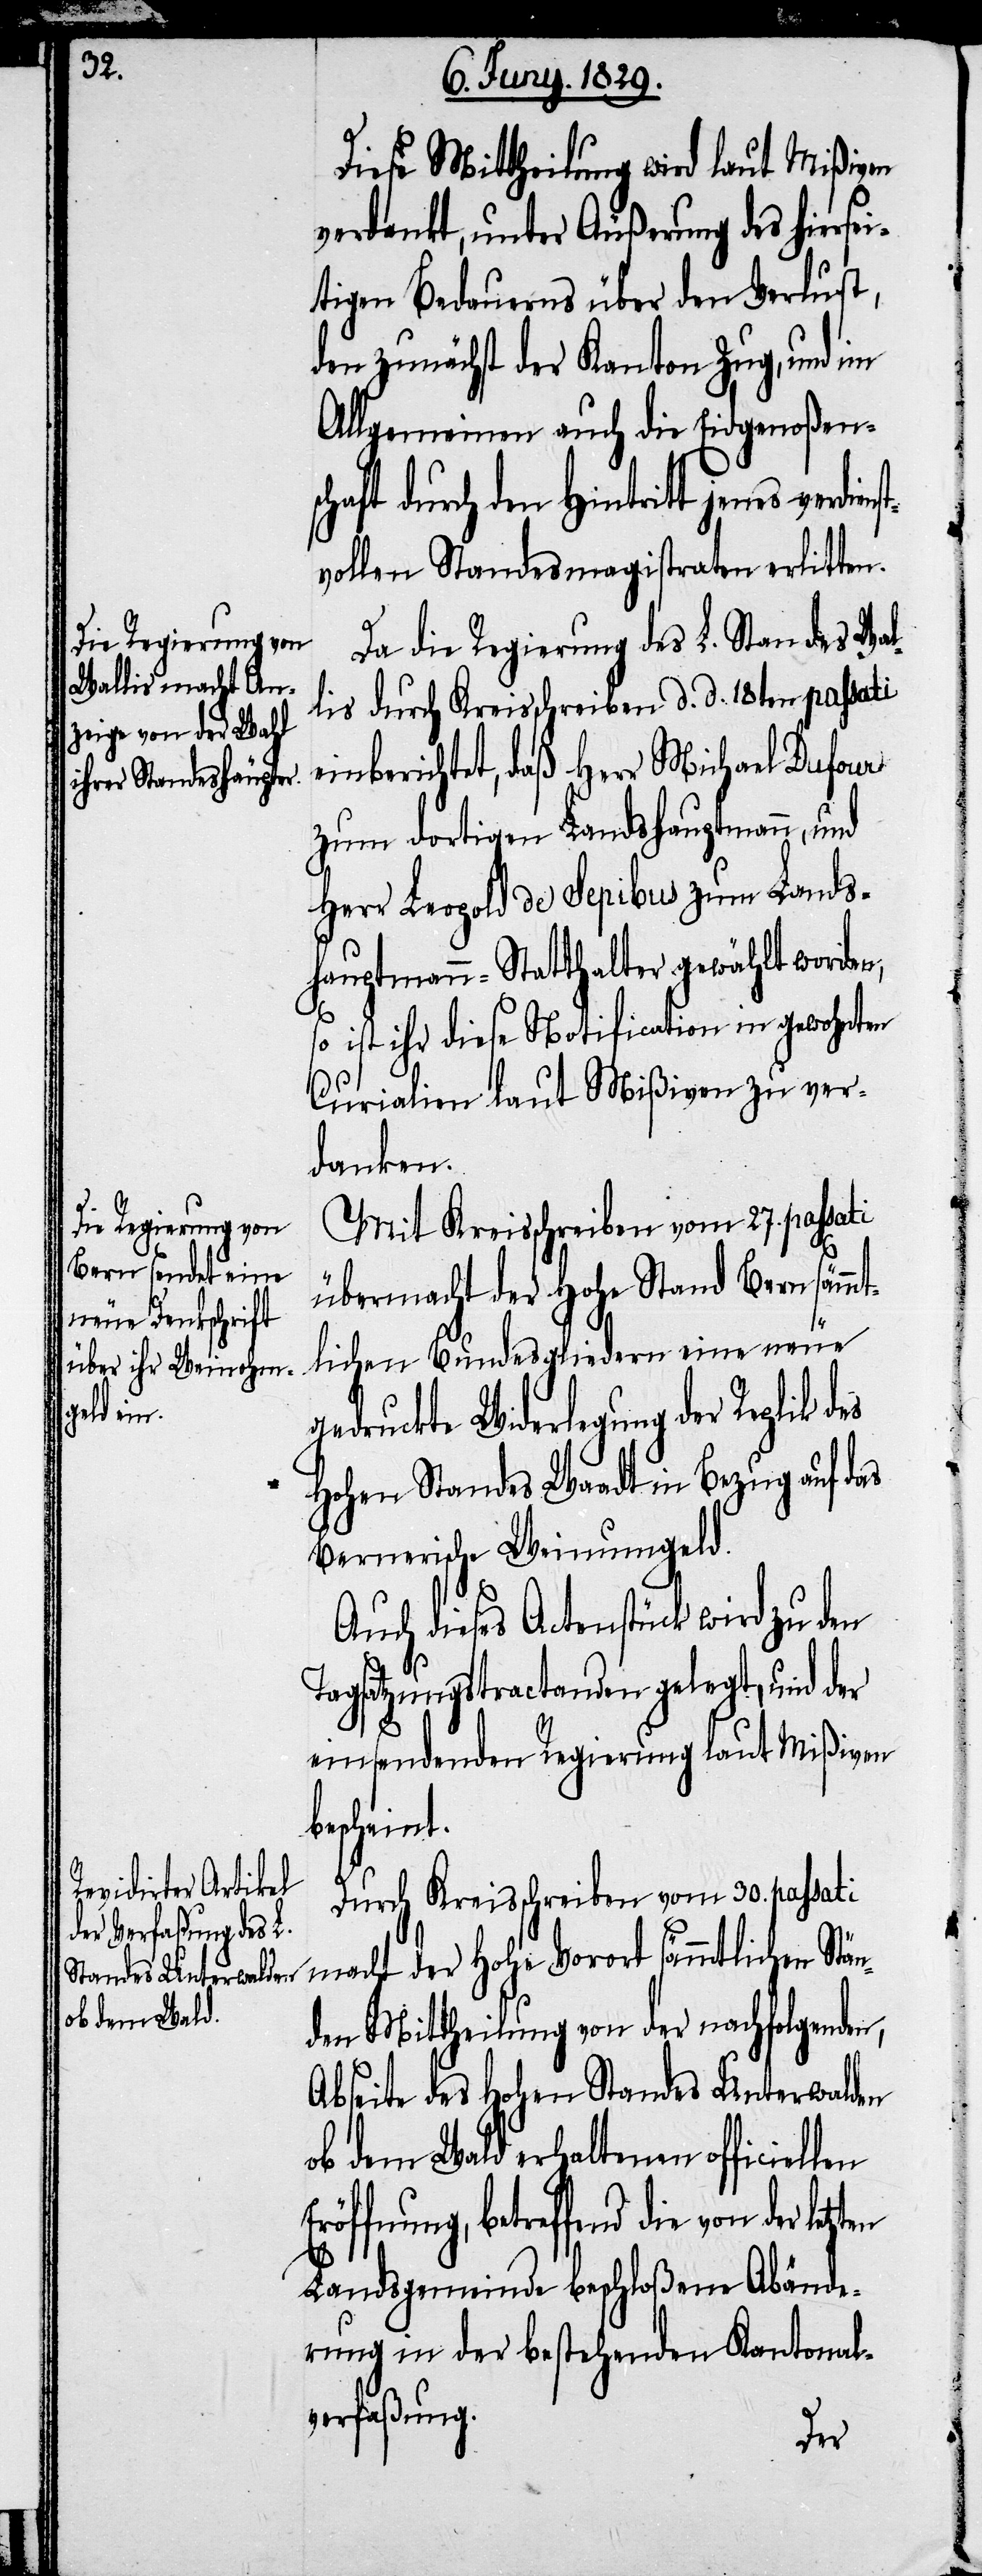
st¬

Diese Mittheilung wird laut Mißiven
verdankt, unter Äußerung des hiersei¬
tigen Bedauerns über den Verlust,
den zunächst der Kanton Zug, und im
Allgemeinen auch die Eidgenoßens¬
chaft durch den Hintritt jenes verdien¬
vollen Standesmagistraten erlitten.
Da die Regierung des L. Standes Wal¬
lis durch Kreisschreiben d. d. 18ten passati
einberichtet, daß Herr Michael Dufour
zum dortigen Landshauptmann, und
Herr Leopold de Sepibus zum Lands¬
hauptmann-Statthalter gewählt worden,
so ist ihr diese Notification in gewohnten
Curalien laut Mißiven zu ver¬
danken.
Mit Kreisschreiben vom 27. passati
übermacht der Hohe Stand Bern sämmt¬
lichen Bundesgliedern eine neue
gedruckte Widerlegung der Replik
Hohen Standes Waadt in Bezug auf das
Bernerische Weinumgeld.
Auch dieses Actenstück wird zu den
Tagsatzungstractanden gelegt, und der
einsendenden Regierung laut Mißiven
bescheint.
Durch Kreisschreiben vom 30. passati
macht der Hohe Vorort sämmtlichen Stä¬
nden Mittheilung von der nachfolgenden,
Abseite des Hohen Standes Unterwalden
ob dem Wald erhaltenen officiellen
betreffend die von der
Landsgemeinde beschloßene Abände¬
rung in der bestehenden Kantonal¬
verfaßung.